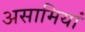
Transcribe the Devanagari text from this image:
असामियां